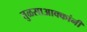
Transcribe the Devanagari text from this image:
तुळसाआक्कांनी